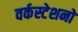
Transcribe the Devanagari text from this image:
वर्कस्टेशनों